Scottish Leaving Certificate Examination, 1956
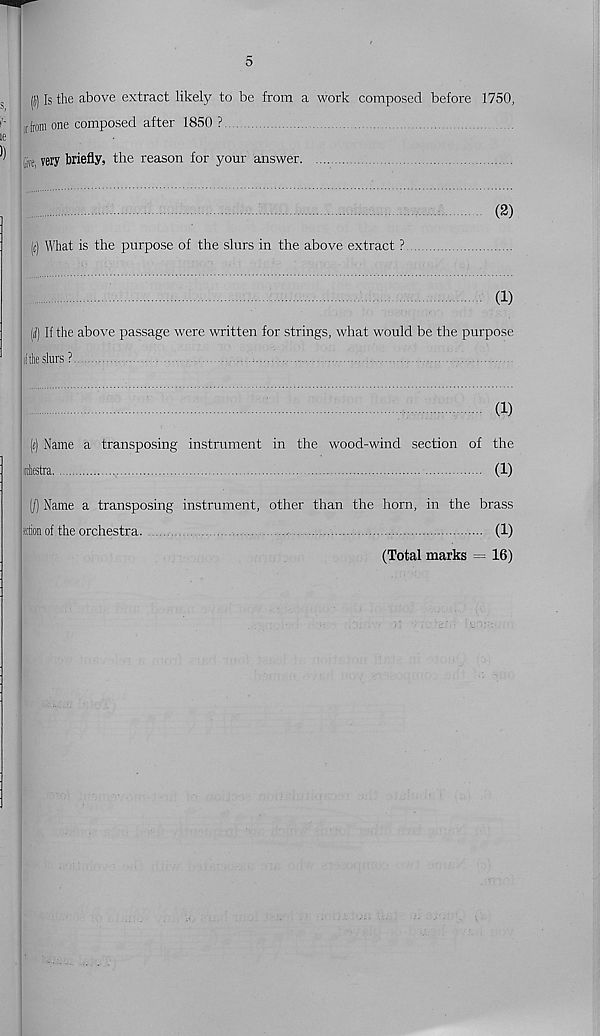
s
(j) Is the above extract likely to be from a work composed before 1750,
r Uni one composed after 1850 ?
le
^ Ci ve, very briefly, the reason for your answer
(2)
(s) What is the purpose of the slurs in the above extract ?
(1)
(i) If the above passage were written for strings, what would be the purpose
lithe slurs ?
(1)
(«) Name a transposing instrument in the wood-wind section of the
siesta
(1)
(/) Name a transposing instrument, other than the horn, in the brass
sction of the orchestra
(1)
(Total marks = 16)